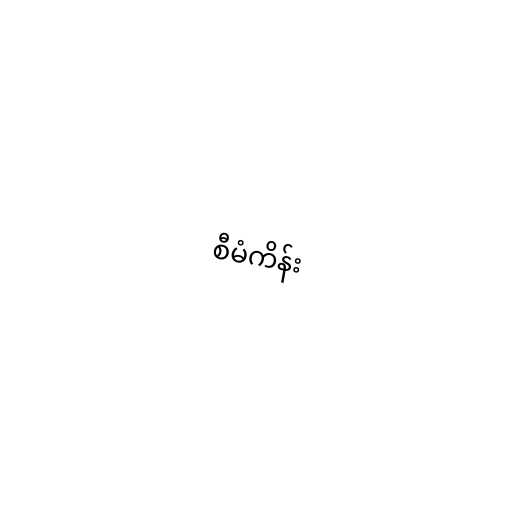
စီမံကိန်း